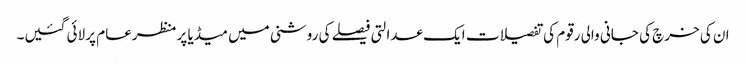
ان کی خرچ کی جانی والی رقوم کی تفصیلات ایک عدالتی فیصلے کی روشنی میں میڈیا پر منظرعام پر لائی گئیں۔